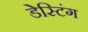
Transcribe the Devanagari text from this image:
डेस्टिंग